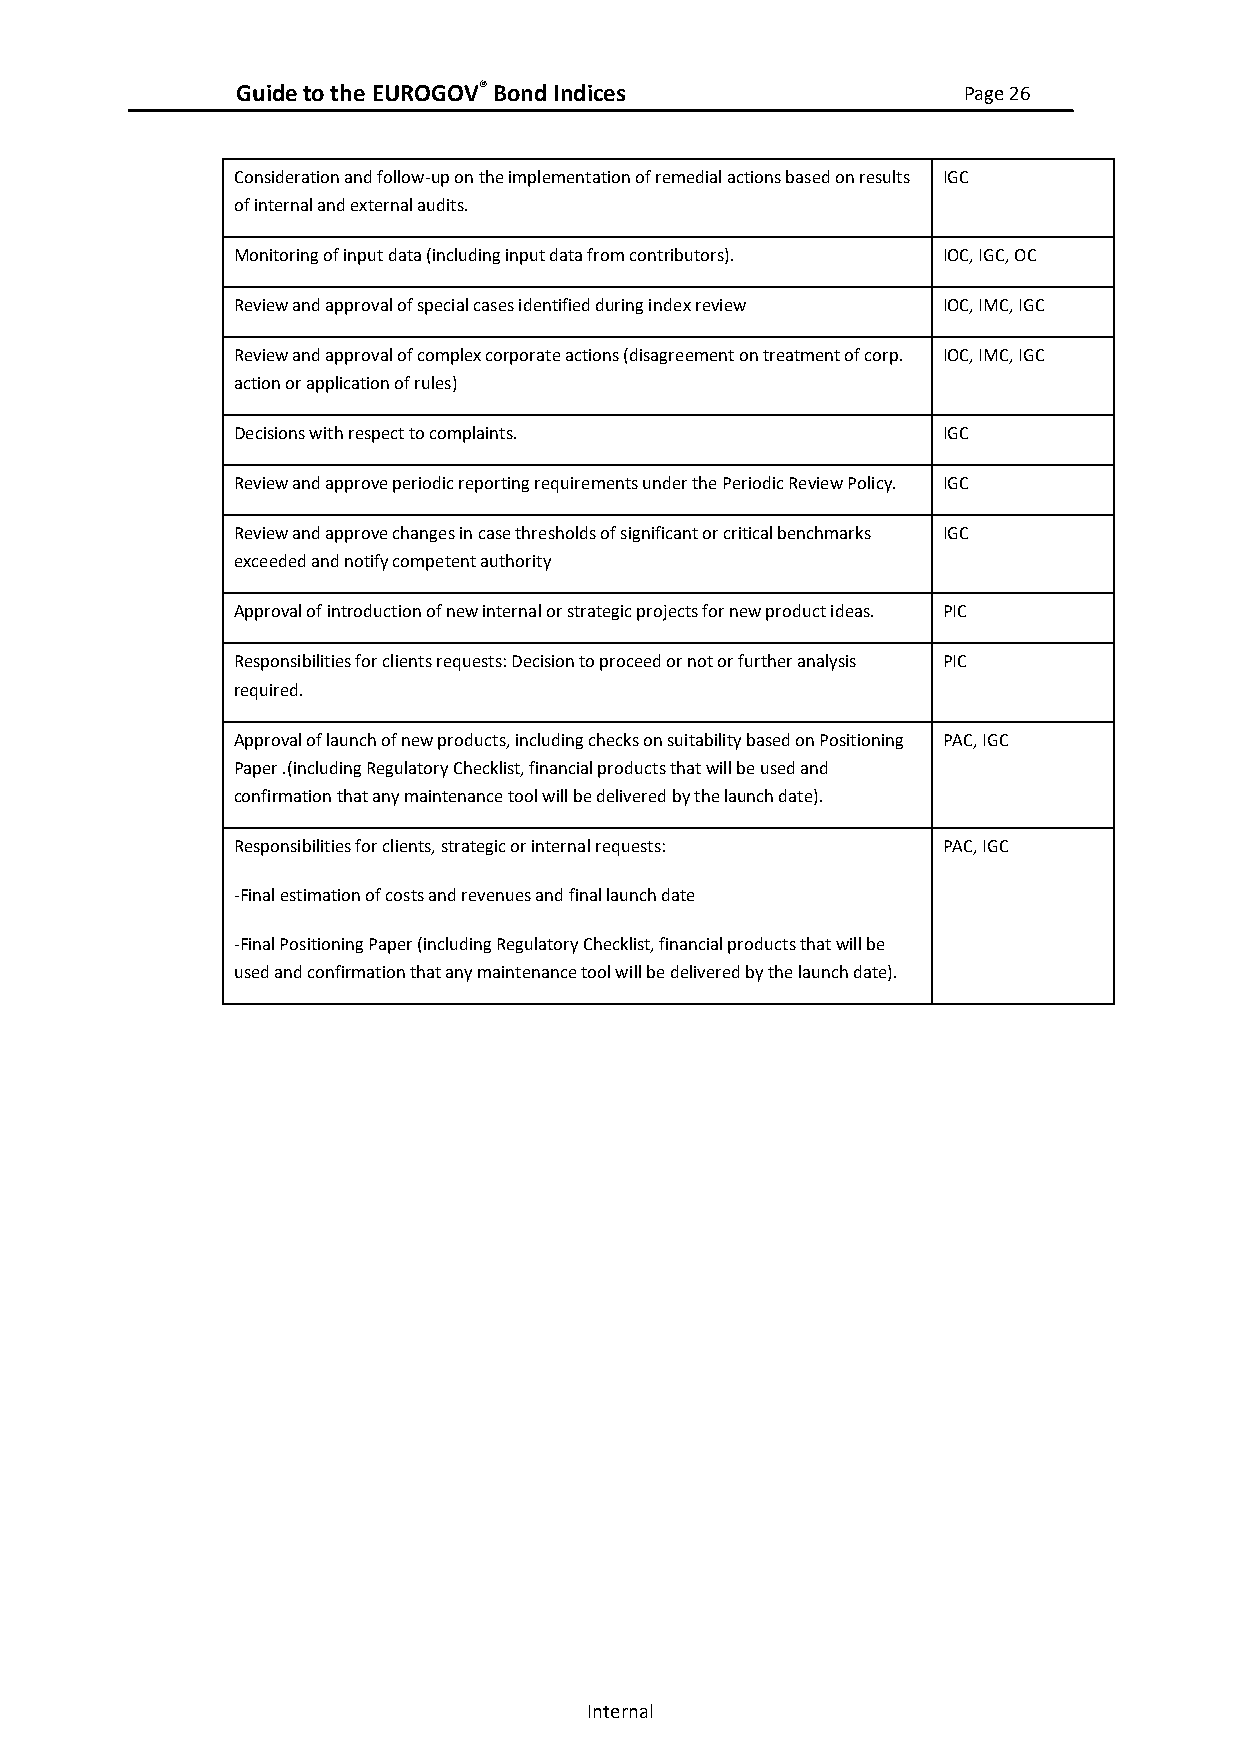
Guide to the EUROGOV® Bond Indices              Page 26
 Consideration and follow-up on the implementation of remedial actions based on results IGC
 of internal and external audits.
 Monitoring of input data (including input data from contributors). IOC, IGC, OC
 Review and approval of special cases identified during index review IOC, IMC, IGC
 Review and approval of complex corporate actions (disagreement on treatment of corp. IOC, IMC, IGC
 action or application of rules)
 Decisions with respect to complaints.          IGC
 Review and approve periodic reporting requirements under the Periodic Review Policy. IGC
 Review and approve changes in case thresholds of significant or critical benchmarks IGC
 exceeded and notify competent authority
 Approval of introduction of new internal or strategic projects for new product ideas. PIC
 Responsibilities for clients requests: Decision to proceed or not or further analysis PIC
 required.
 Approval of launch of new products, including checks on suitability based on Positioning PAC, IGC
 Paper .(including Regulatory Checklist, financial products that will be used and
 confirmation that any maintenance tool will be delivered by the launch date).
 Responsibilities for clients, strategic or internal requests: PAC, IGC
 -Final estimation of costs and revenues and final launch date
 -Final Positioning Paper (including Regulatory Checklist, financial products that will be
 used and confirmation that any maintenance tool will be delivered by the launch date).
 Internal